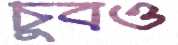
চুবও